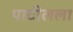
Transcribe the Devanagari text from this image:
पाटीलला